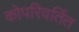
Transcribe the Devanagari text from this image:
कोपरिवर्तित